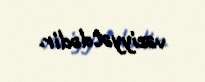
vəziyyətdədir.